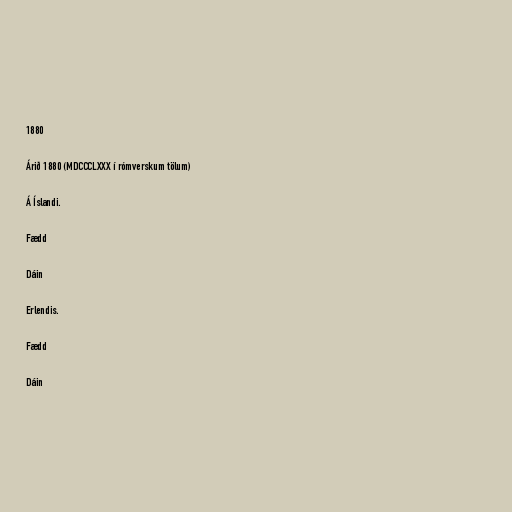
1880

Árið 1880 (MDCCCLXXX í rómverskum tölum)

Á Íslandi.

Fædd

Dáin

Erlendis.

Fædd

Dáin